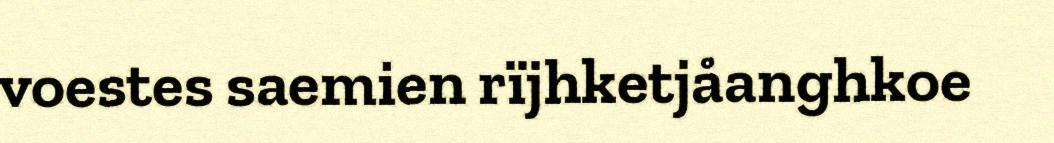
voestes saemien rïjhketjåanghkoe